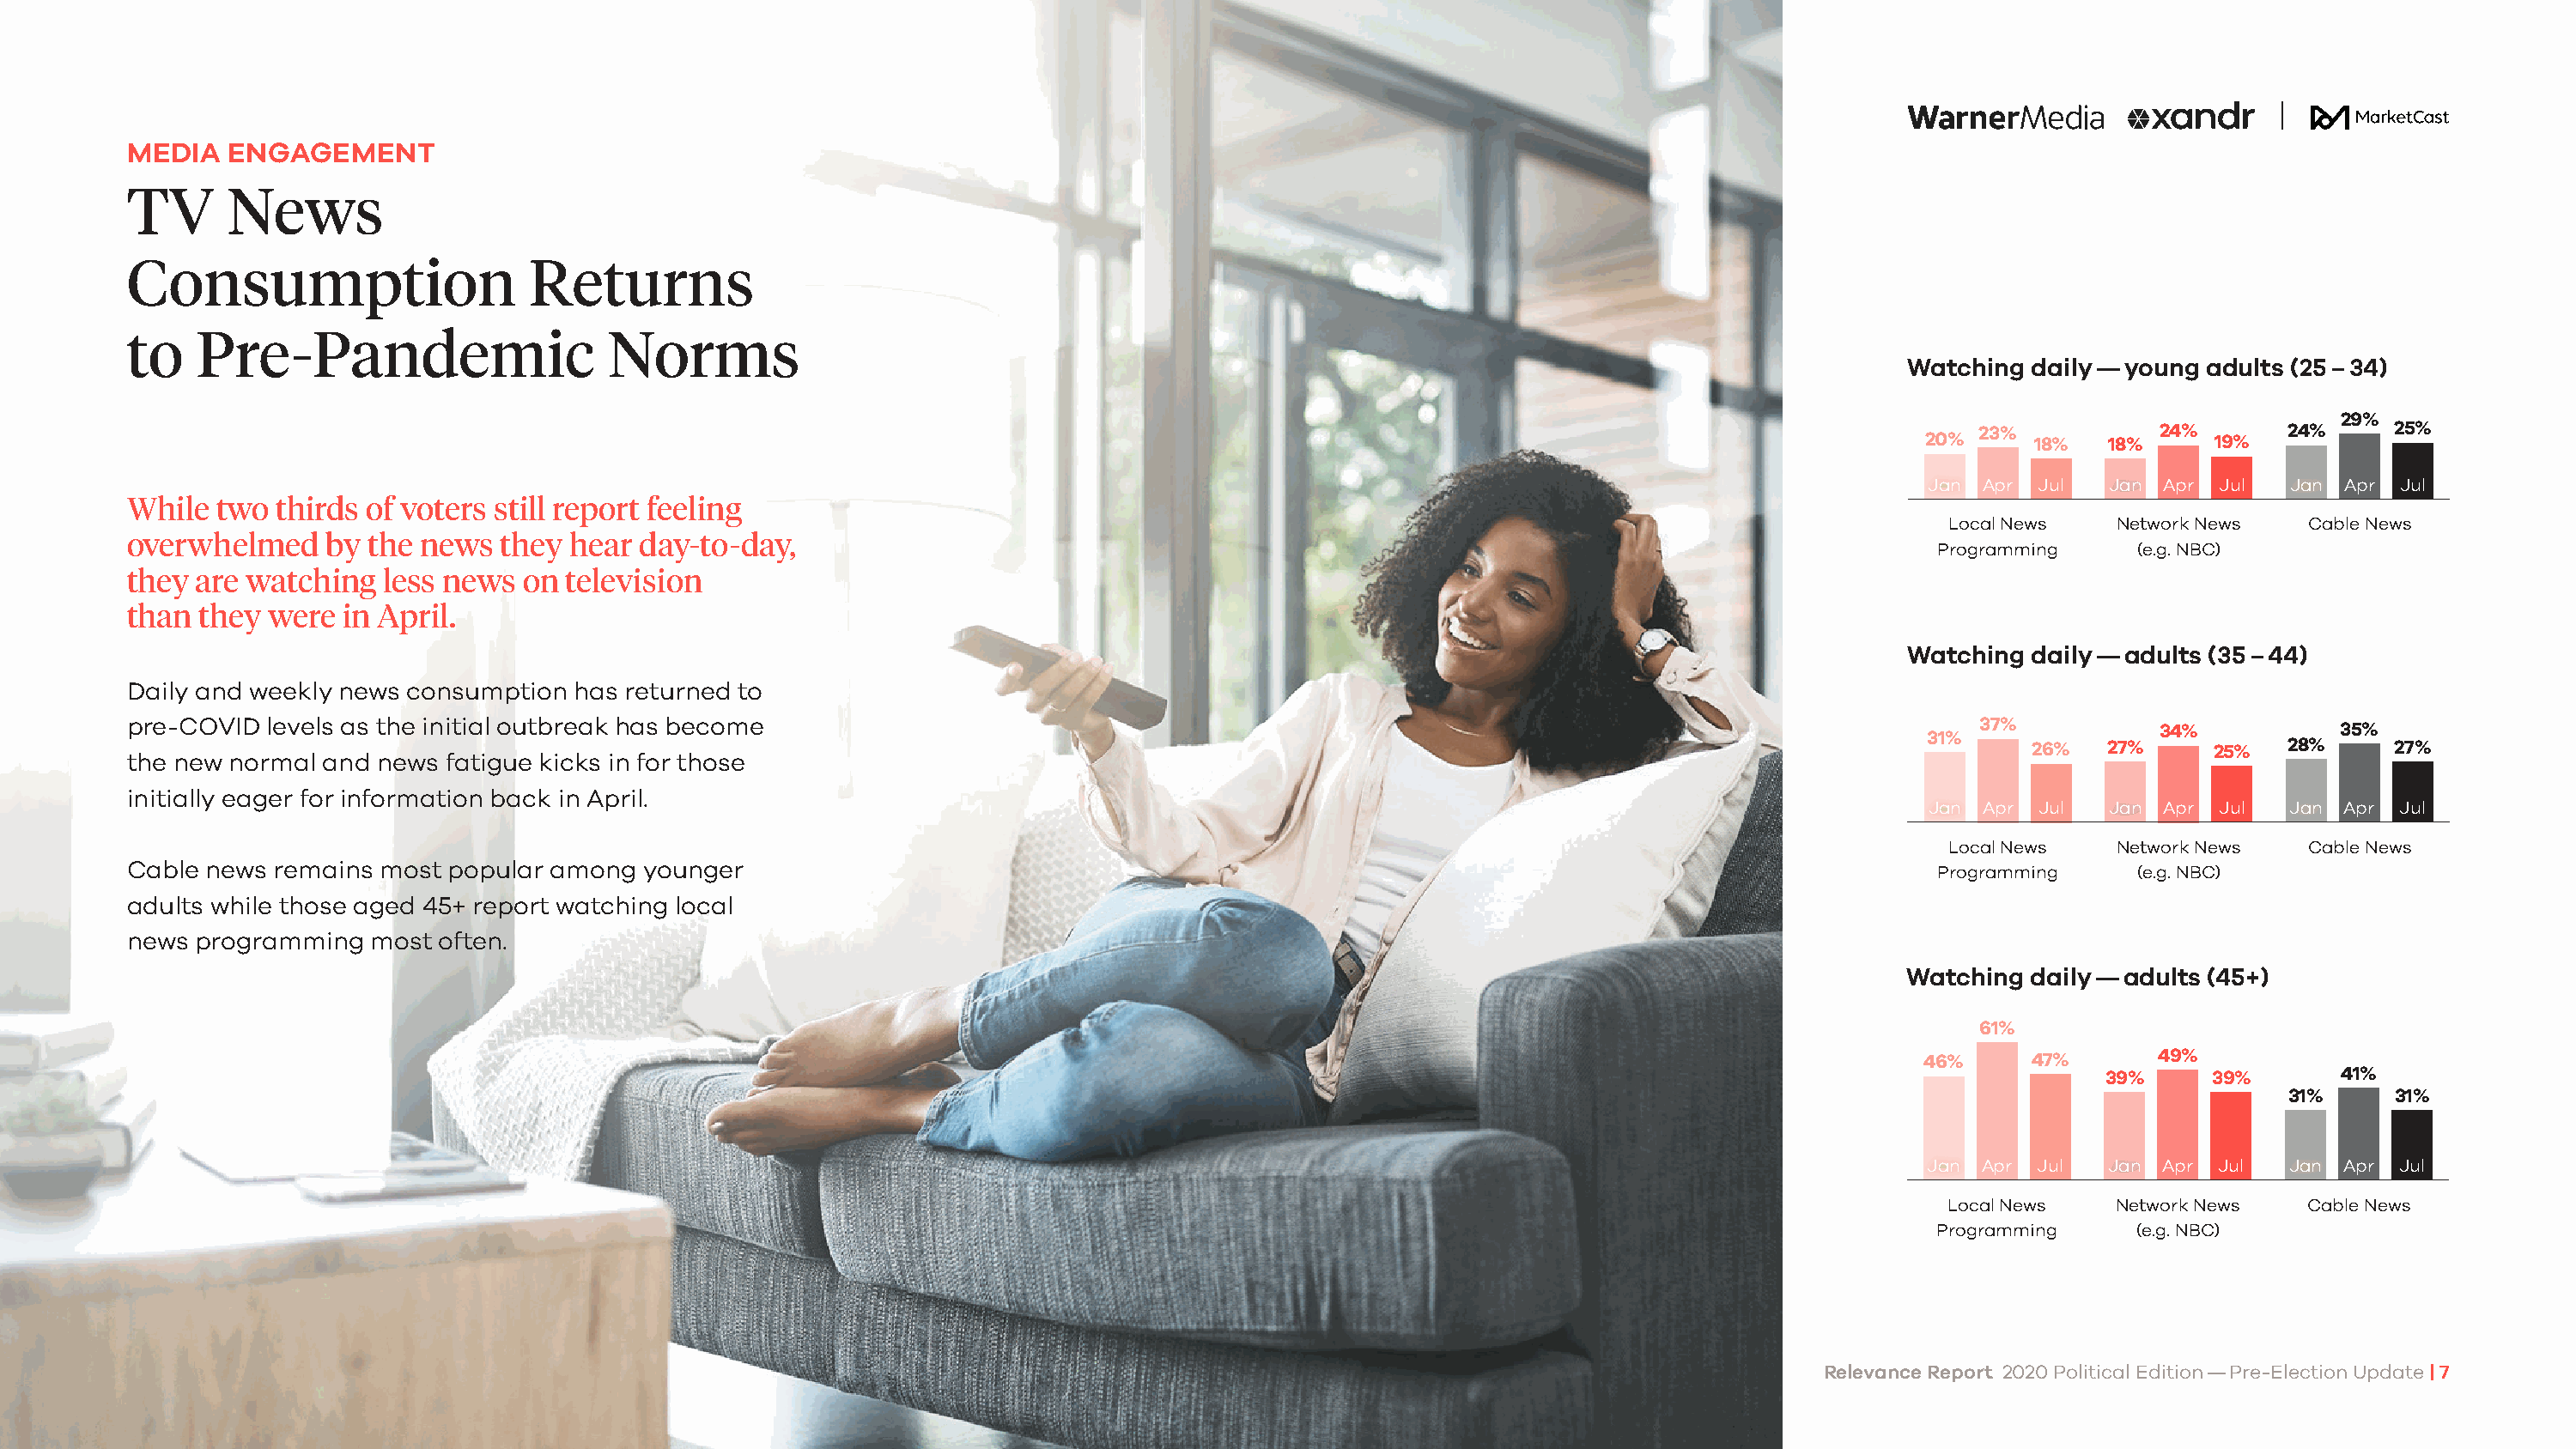
MEDIA   ENGAGEMENT
 TV     News
 Consumption                    Returns
 to   Pre-Pandemic                    Norms
 Watching  daily — young adults (25 – 34)
 29%
 23%          24%       24%      25%
 20%      18%   18%     19%
 Jan Apr Jul   Jan Apr Jul   Jan Apr Jul
 While  two thirds of voters still report feeling
 Local News   Network News   Cable News
 overwhelmed    by the news   they hear day-to-day,
 Programming     (e.g. NBC)
 they are watching   less news on  television
 than they  were in April.
 Watching  daily — adults (35 – 44)
 Daily and weekly news consumption has returned to
 pre-COVID  levels as the initial outbreak has become                                                                                           37%          34%           35%
 31%
 26%  27%      25%  28%      27%
 the new normal and news fatigue kicks in for those
 initially eager for information back in April.
 Jan Apr Jul   Jan Apr Jul   Jan Apr Jul
 Local News   Network News   Cable News
 Cable news remains most  popular among  younger
 Programming     (e.g. NBC)
 adults while those aged 45+ report watching local
 news programming   most often.
 Watching  daily — adults (45+)
 61%
 46%      47%      49%
 39%      39%       41%
 31%      31%
 Jan Apr Jul   Jan Apr Jul  Jan  Apr Jul
 Local News   Network News   Cable News
 Programming     (e.g. NBC)
 Relevance Report 2020 Political Edition — Pre-Election Update | 7